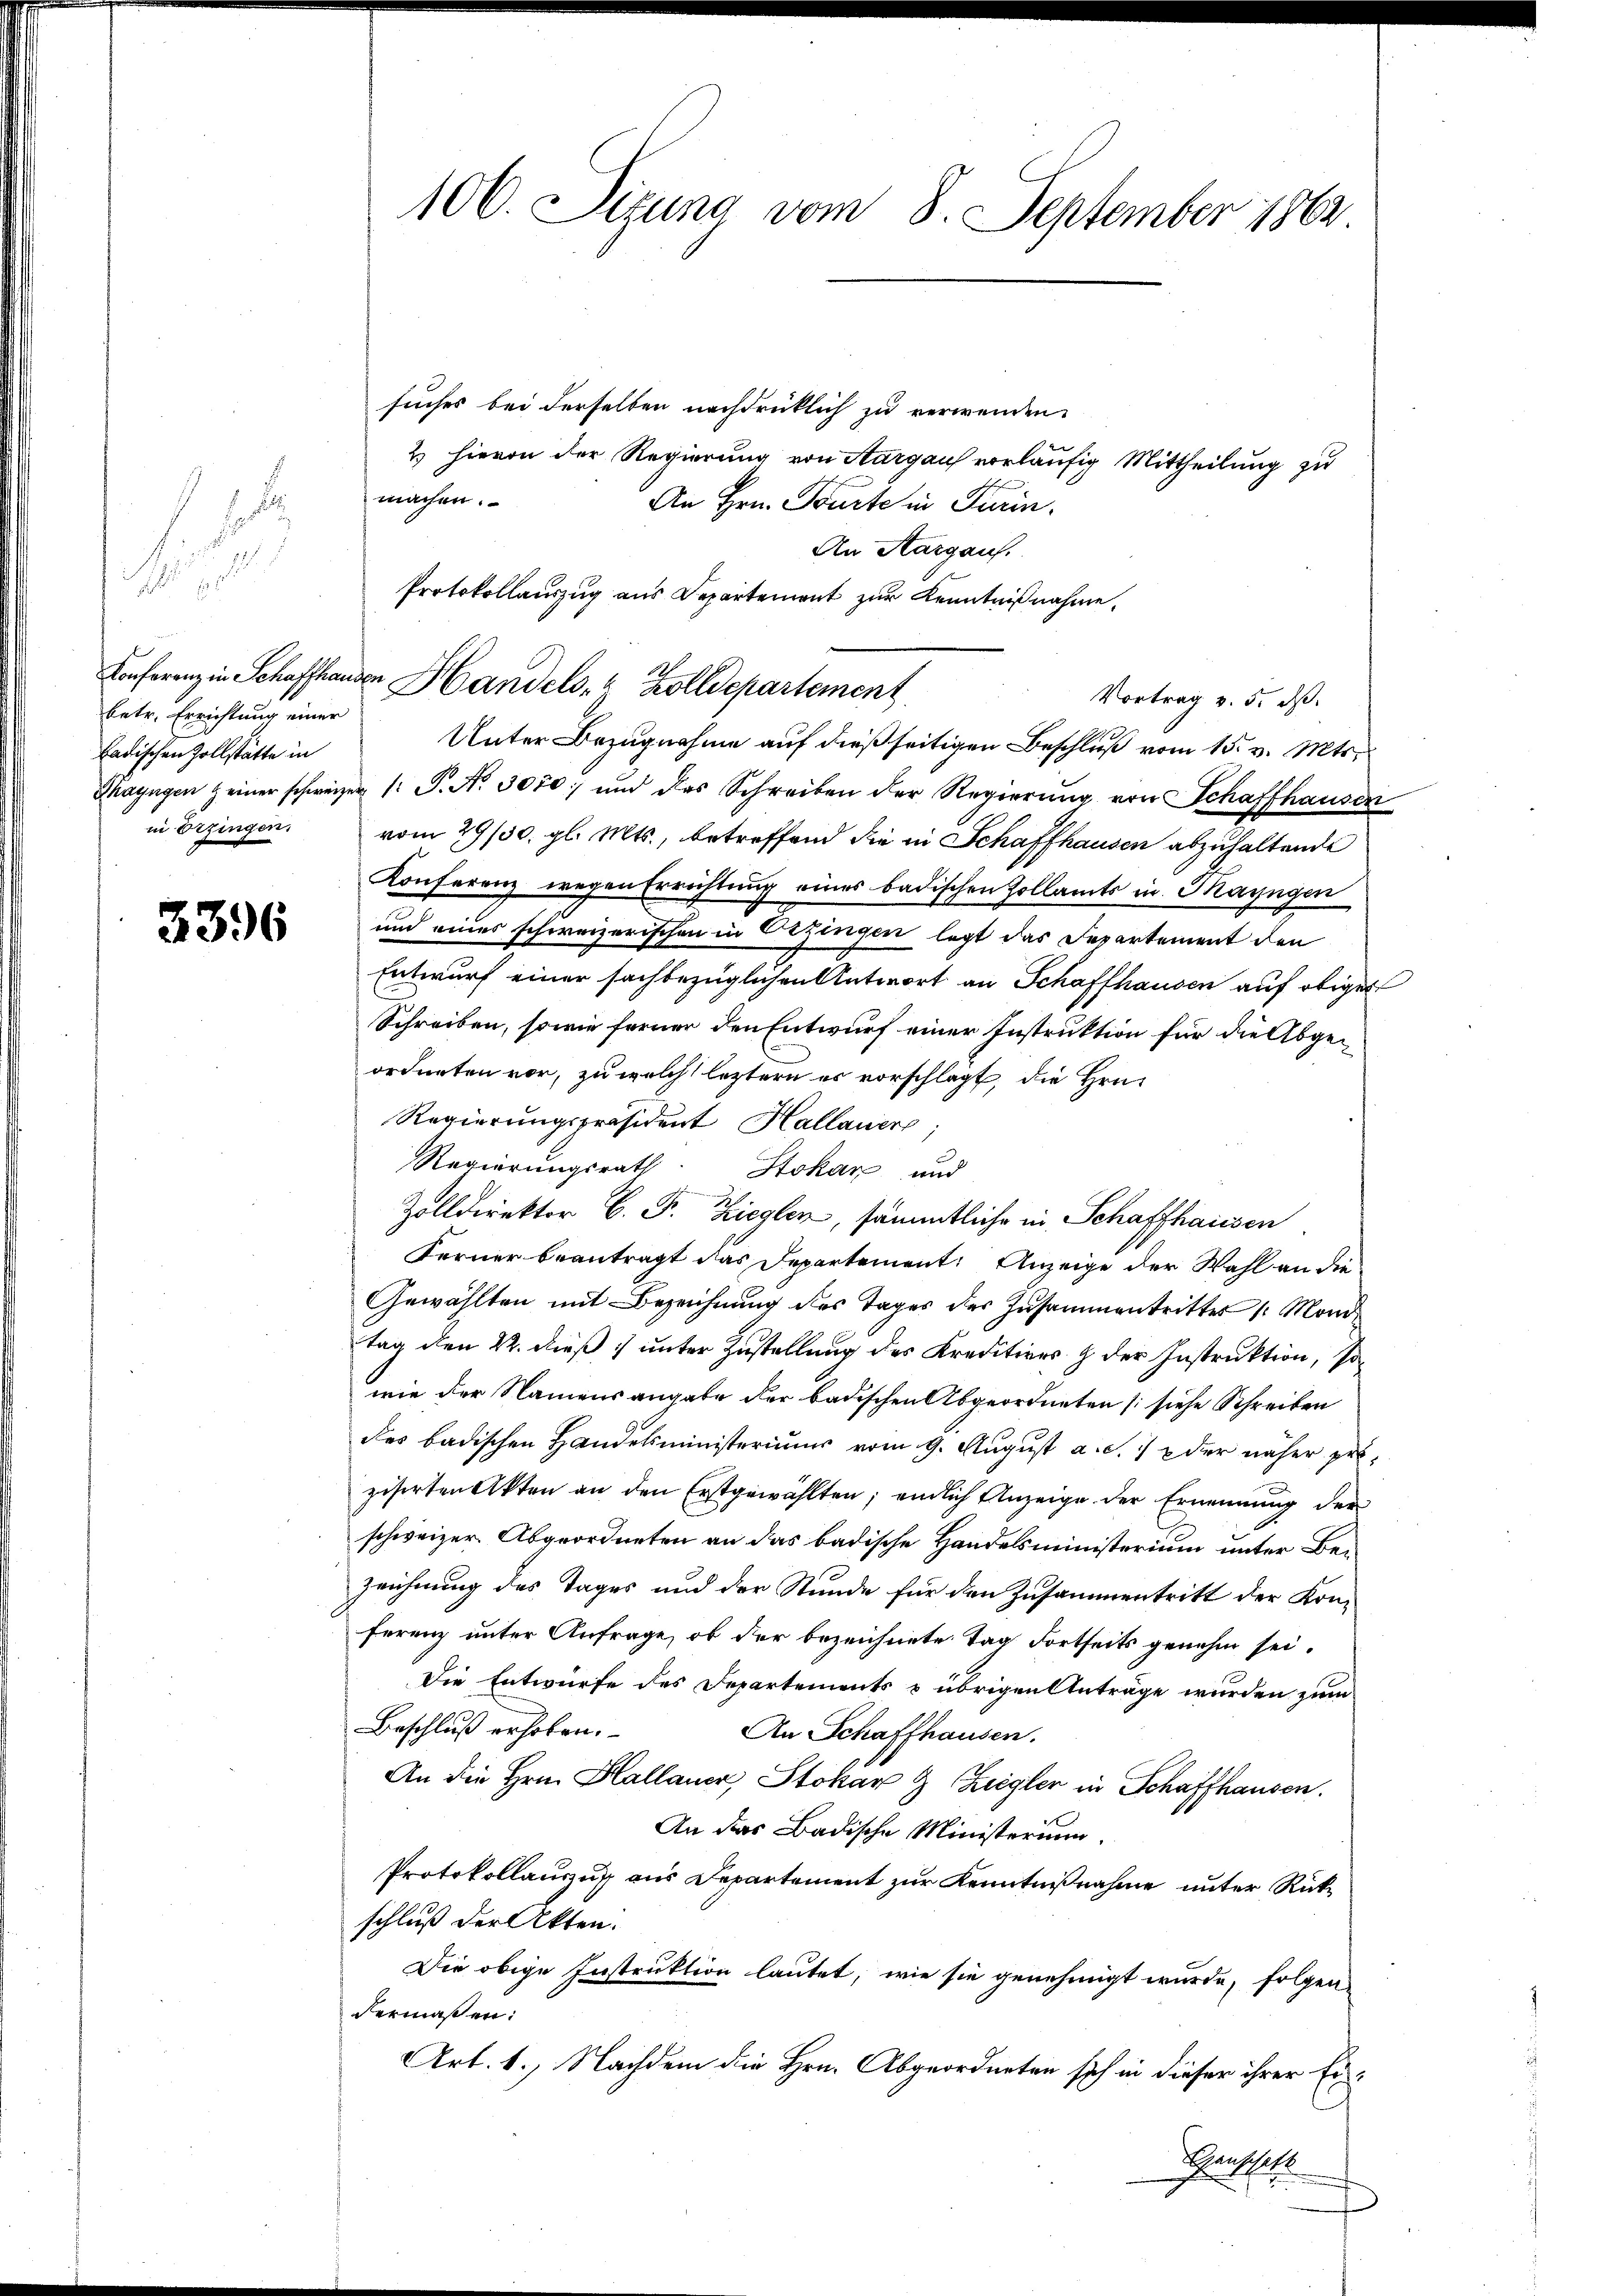
18
15
.
Conferenz in Schaffhausen.
betr. Errichtung einer
badischen Zollstätte in
in Erzingen.

3396

106. Sizung vom 8. September 1862

suches bei derselben nachdrücklich zu verwenden
2 hievon der Regierung von Aargau vorläufig Mittheilung zu
machen.
An Hrn. Beurte in Turin.
An Aargaus.
Protokollauszug aus Departement zur Kenntnißnahme,

n Handels- Zolldepartement
Vortrag v. 5. ds.
Unter Bezugnahme auf dießseitigen Beschluß vom 15. v. Mts.

Thayngen einer schweizer, 1 S. Nr. 3070; und das Schreiben der Regierung von Schaffhausen
vom 29/30. gl. Mts., betreffend die in Schaffhausen abzuhaltende
Konferenz wegen Errichtung eines badischen Zollamts in Mayngen
und eines schweizerischen in Erzingen legt das Departement den
Entwurf einer sachbezüglichen Antwort an Schaffhausen auf obiger
Schreiben, sowie ferner den Entwurf einer Instruktion für die Abgeordneten vor, zu welch letztern er vorschlägt, die Hrn.
Regierungspräsident Hallauer
Regierungsrath
Stokar und
Zolldirektor G. P. Ziegler, sämmtliche in Schaffhausen
Ferner beantragt das Departement: Anzeige der Wahl an die
Gewählten mit Bezeichnung des Tages des Zusammentritter /: Mond
tag den 22. dieß unter Zustellung des Kreditiers & der Instruktion, sowie der Namensangabe der badischen Abgeordneten (siehe Schreiben
des badischen Handelsministeriums vom 9. August a. c. 1 & der näher proziserten Akten an den Erstgewählten; endlich Anzeige der Ernennung der
schweizer. Abgeordneten an das badische Handelsministerium unter Bezeichnung des Tages und der Stunde für den Zusammentritt der Kon-
Ferenz unter Anfrage, ob der bezeichnete Tag dortseits genehm sei.
Die Entwürfe des Departements & übrigen Anträge wurden zum
Beschluß erhoben.
An Schaffhausen.
An die Hrn. Hallauer, Stokar 9 Ziegler in Schaffhausen.
An das Badische Ministerium.
Protokollauszug aus Departement zur Kenntnißnahme unter Rückschluß der Akten.
Die obige Instruktion lautet, wie sie genehmigt wurde, folgen-
dermaßen:
Art. 1.) Nachdem die Hrn. Abgeordneten sich in dieser ihrer Ein¬
Genschaft